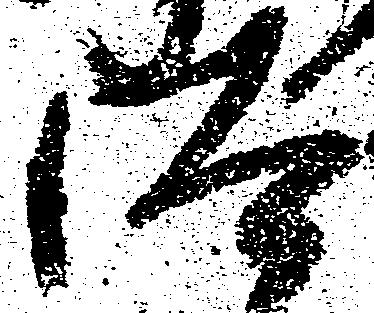
汰